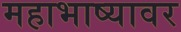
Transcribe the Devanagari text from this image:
महाभाष्यावर